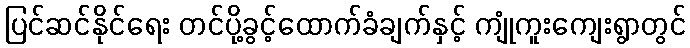
ပြင်ဆင်နိုင်ရေး တင်ပို့ခွင့်ထောက်ခံချက်နှင့် ကျုံကူးကျေးရွာတွင်